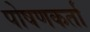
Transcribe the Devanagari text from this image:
पोषणकर्ता